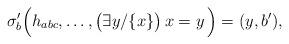
LaTeX: \begin{align*}\sigma_{b}'\Bigl(h_{abc},\ldots,\bigl(\exists y/\{x\}\bigr)\,x = y\,\Bigr) = (y,b'), \end{align*}